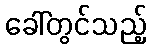
ခေါ်တွင်သည့်